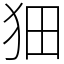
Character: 𤝗